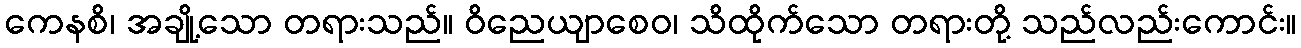
ကေနစိ၊ အချို့သော တရားသည်။ ဝိညေယျာစေဝ၊ သိထိုက်သော တရားတို့ သည်လည်းကောင်း။